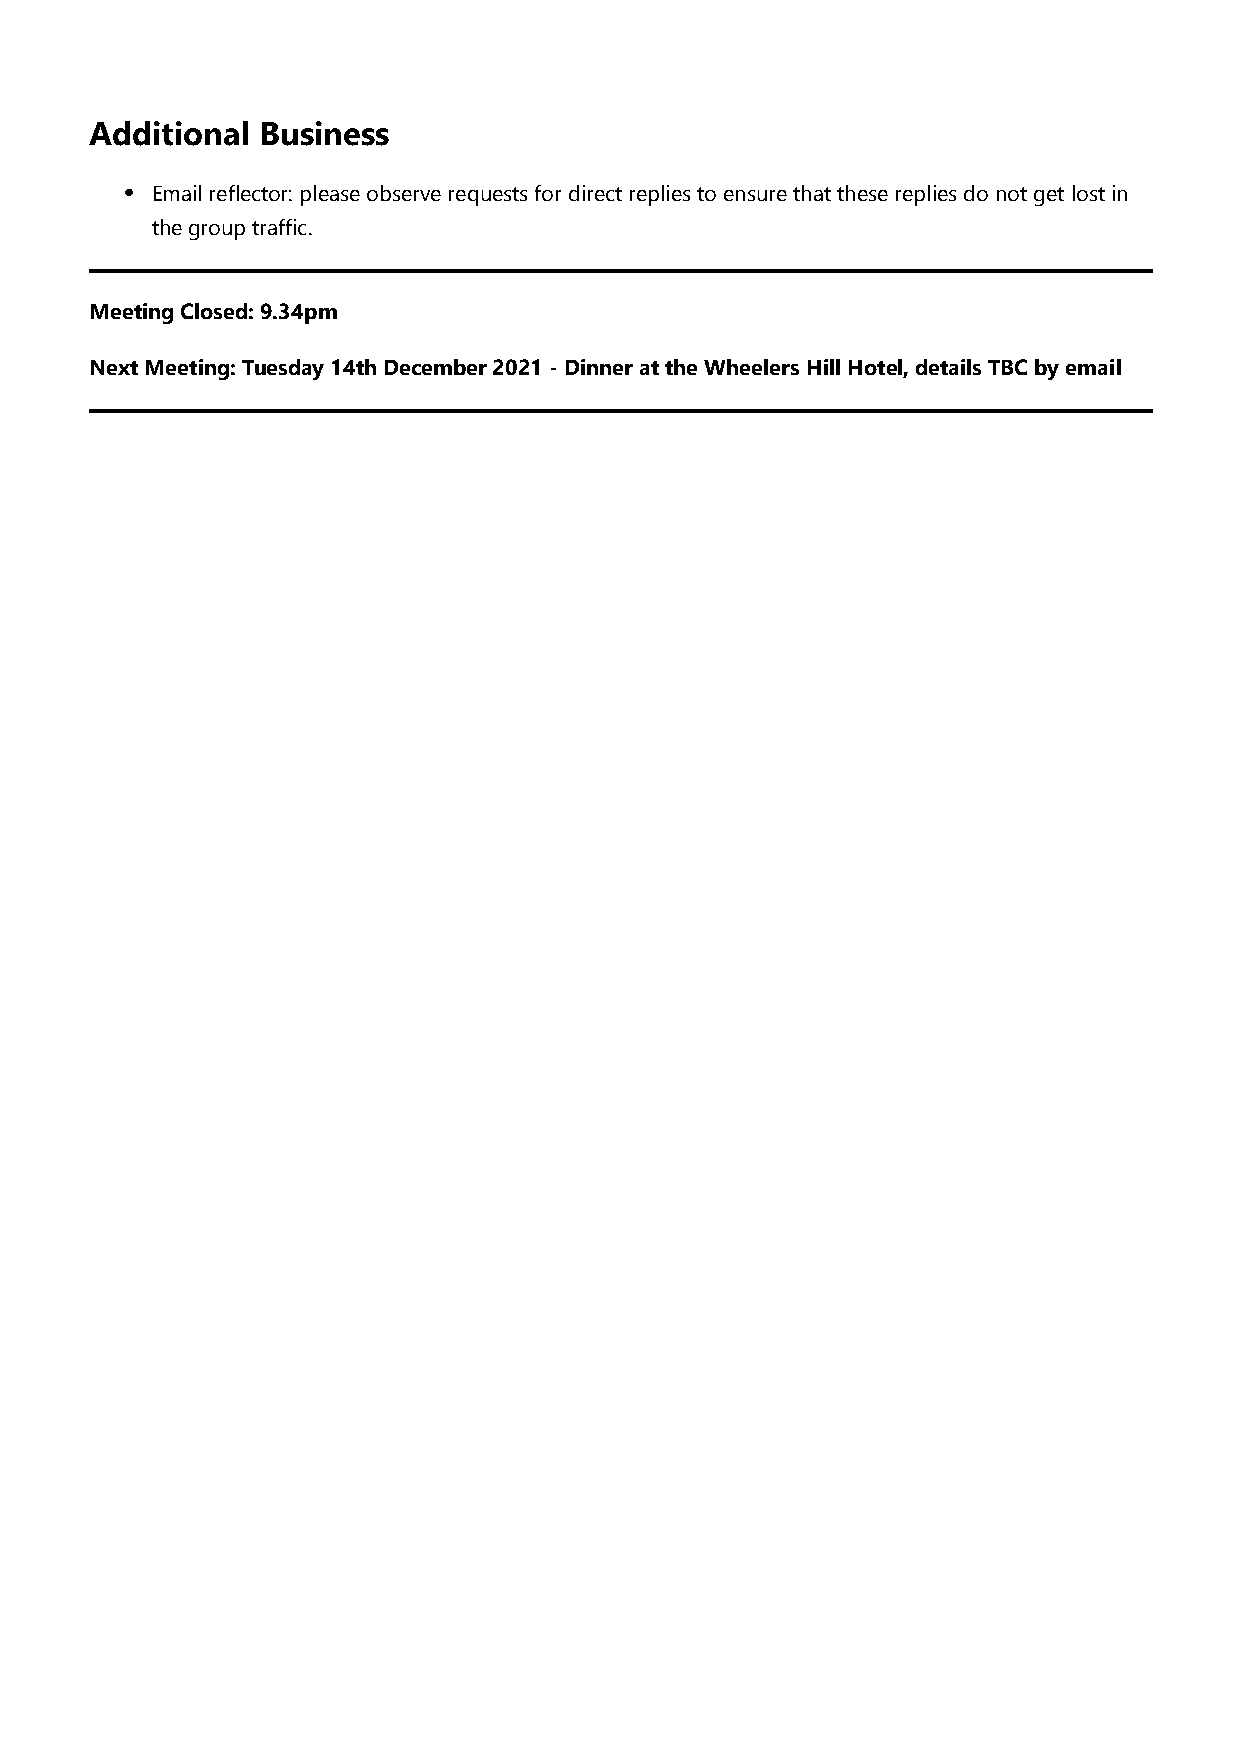
Additional Business
 Email reflector: please observe requests for direct replies to ensure that these replies do not get lost in
 the group traffic.
 Meeting Closed: 9.34pm
 Next Meeting: Tuesday 14th December 2021 - Dinner at the Wheelers Hill Hotel, details TBC by email